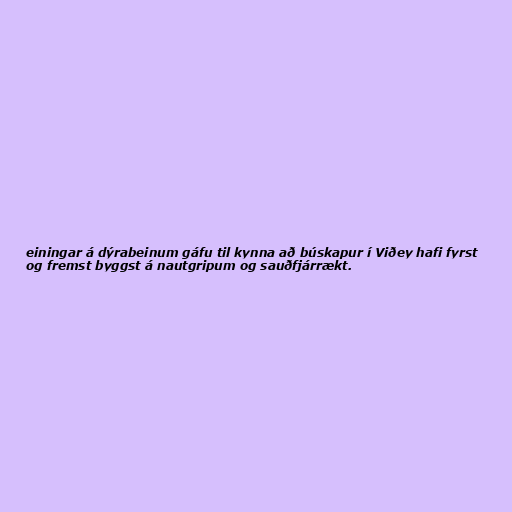
einingar á dýrabeinum gáfu til kynna að búskapur í Viðey hafi fyrst
og fremst byggst á nautgripum og sauðfjárrækt.